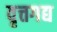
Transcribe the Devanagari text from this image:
वृत्तगद्य